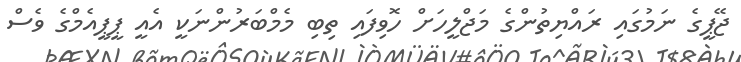
ޖޭޕީގެ ނަމުގައި ރައްޔިތުންގެ މަޖްލީހަށް ހޮވިފައި ތިބި މެމްބަރުންނަކީ އެއީ ޕީޕީއެމްގެ ވެސް